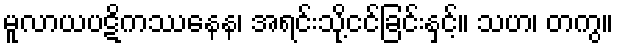
မူလာယပဋိကဿနေန၊ အရင်းသို့ငင်ခြင်းနှင့်။ သဟ၊ တကွ။